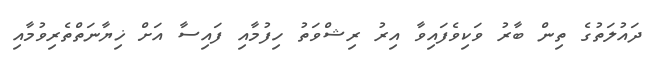
ދައުލަތުގެ ތިން ބާރު ވަކިވެފައިވާ އިރު ރިޝްވަތު ހިފުމާއި ފައިސާ އަށް ޚިޔާނަތްތެރިވުމާއި